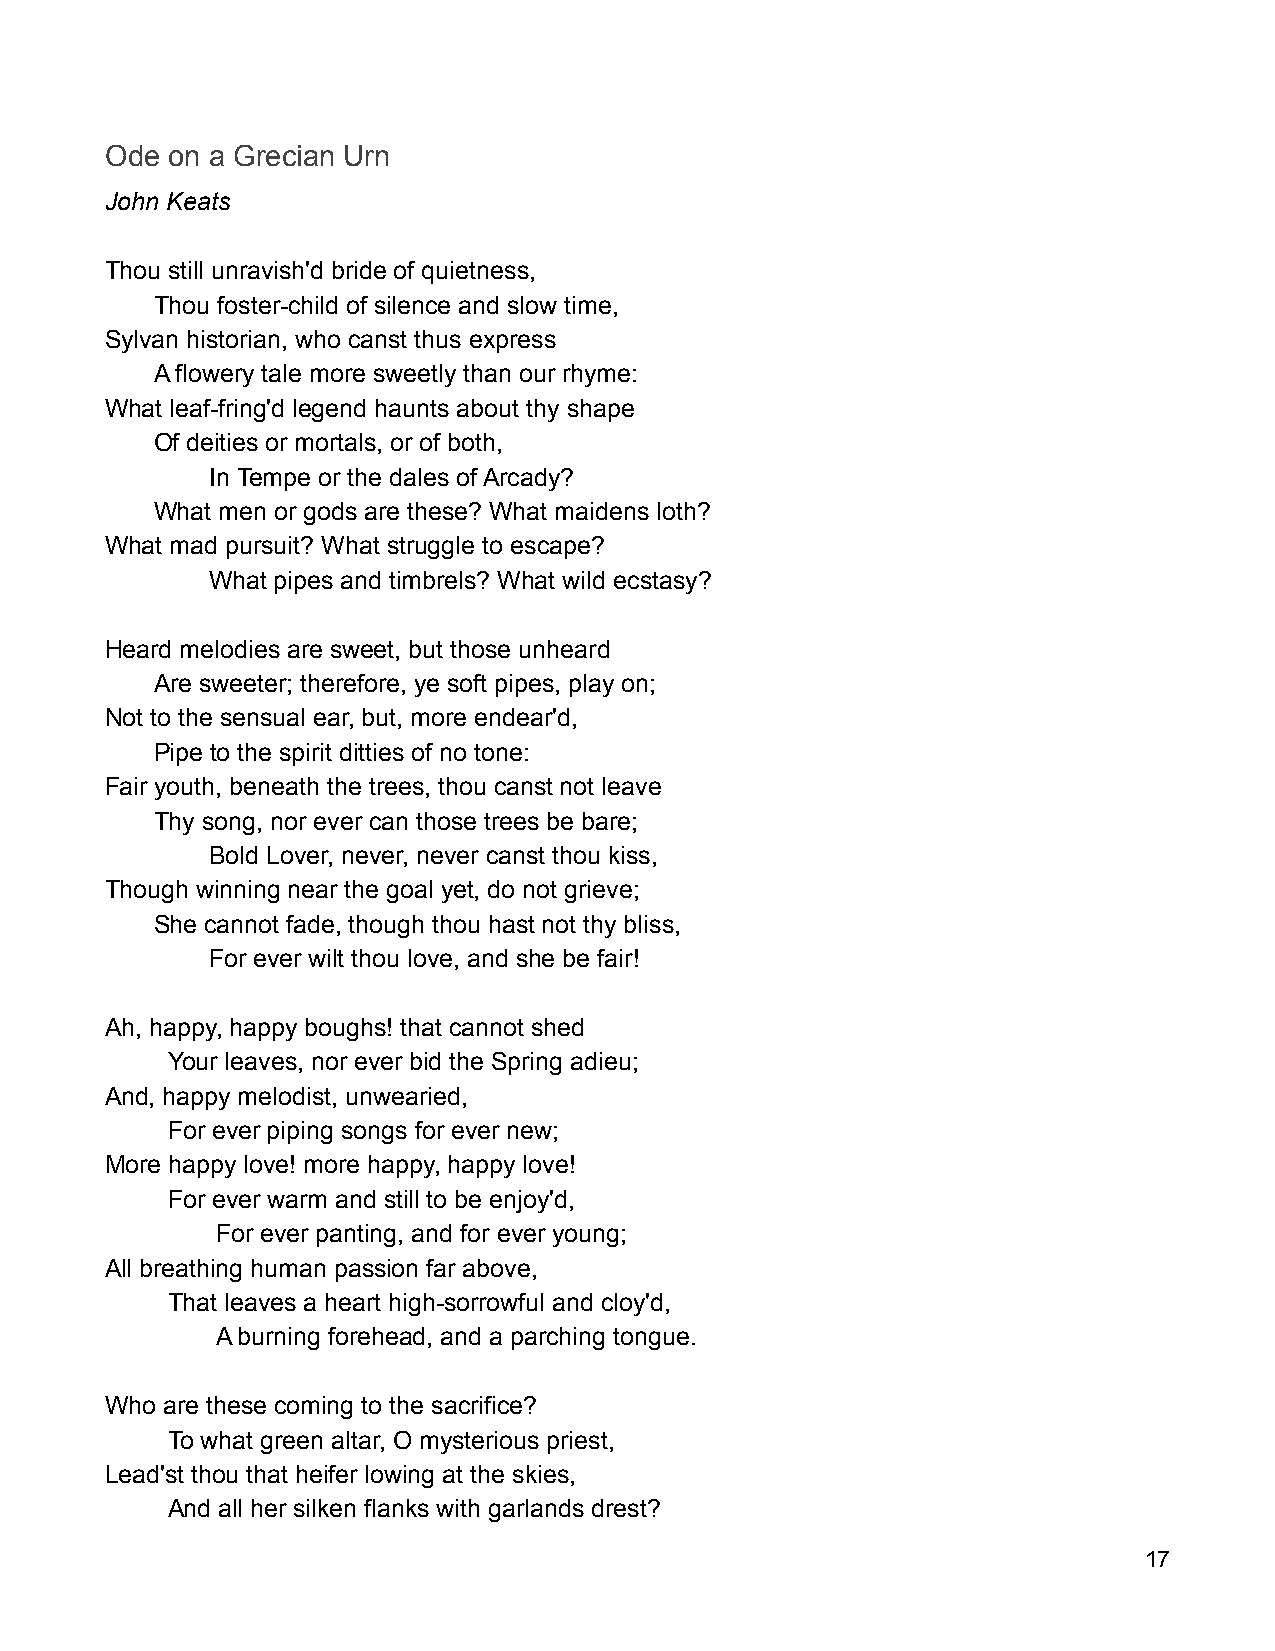
Ode on a Grecian Urn
 John Keats
 Thou still unravish'd bride of quietness,
 Thou foster-child of silence and slow time,
 Sylvan historian, who canst thus express
 A flowery tale more sweetly than our rhyme:
 What leaf-fring'd legend haunts about thy shape
 Of deities or mortals, or of both,
 In Tempe or the dales of Arcady?
 What men or gods are these? What maidens loth?
 What mad pursuit? What struggle to escape?
 What pipes and timbrels? What wild ecstasy?
 Heard melodies are sweet, but those unheard
 Are sweeter; therefore, ye soft pipes, play on;
 Not to the sensual ear, but, more endear'd,
 Pipe to the spirit ditties of no tone:
 Fair youth, beneath the trees, thou canst not leave
 Thy song, nor ever can those trees be bare;
 Bold Lover, never, never canst thou kiss,
 Though winning near the goal yet, do not grieve;
 She cannot fade, though thou hast not thy bliss,
 For ever wilt thou love, and she be fair!
 Ah, happy, happy boughs! that cannot shed
 Your leaves, nor ever bid the Spring adieu;
 And, happy melodist, unwearied,
 For ever piping songs for ever new;
 More happy love! more happy, happy love!
 For ever warm and still to be enjoy'd,
 For ever panting, and for ever young;
 All breathing human passion far above,
 That leaves a heart high-sorrowful and cloy'd,
 A burning forehead, and a parching tongue.
 Who are these coming to the sacrifice?
 To what green altar, O mysterious priest,
 Lead'st thou that heifer lowing at the skies,
 And all her silken flanks with garlands drest?
 17